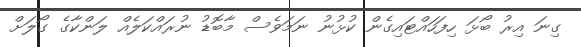
ގިނަ އިރު ބޯޅަ ހިފަހައްޓައިގެން ކުޅުނު ނަމަވެސް މާބޮޑު ނުރައްކަލެއް ލަންކާގެ ގޯލަށް